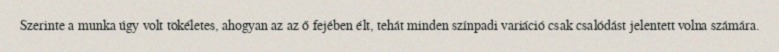
Szerinte a munka úgy volt tökéletes, ahogyan az az ő fejében élt, tehát minden színpadi variáció csak csalódást jelentett volna számára.